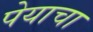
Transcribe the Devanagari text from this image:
पेयाचा